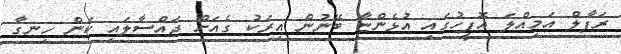
ރަފާލް އަމިއްލަ އޮފީހުގައި އުޅެންޏާ ބޭނުން އިރަކު ގެއަށް ޖައްސާލައި ކަން ހިނގާ